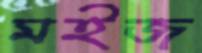
মইজ